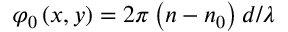
\varphi _ { 0 } \left( x , y \right) = 2 \pi \left( n - n _ { 0 } \right) d / \lambda